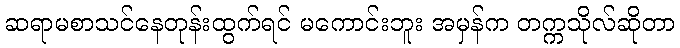
ဆရာမစာသင်နေတုန်းထွက်ရင် မကောင်းဘူး အမှန်က တက္ကသိုလ်ဆိုတာ